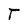
Character: T